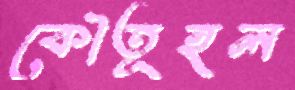
কৌতূহল